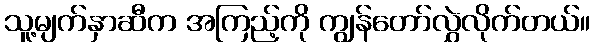
သူ့မျက်နှာဆီက အကြည့်ကို ကျွန်တော်လွှဲလိုက်တယ်။